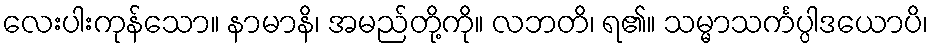
လေးပါးကုန်သော။ နာမာနိ၊ အမည်တို့ကို။ လဘတိ၊ ရ၏။ သမ္မာသင်္ကပ္ပါဒယောပိ၊